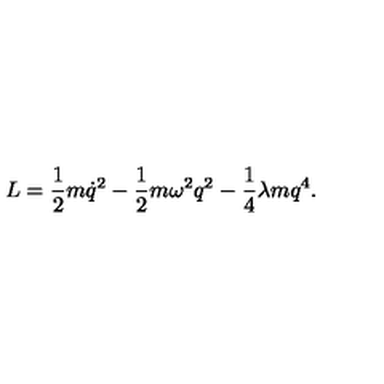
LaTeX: L = \frac 1 2 m \dot { q } ^ { 2 } - \frac 1 2 m \omega ^ { 2 } q ^ { 2 } - \frac 1 4 \lambda m q ^ { 4 } .